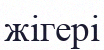
жігері